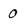
Character: 0